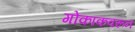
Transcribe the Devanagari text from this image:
गोकाकवरून